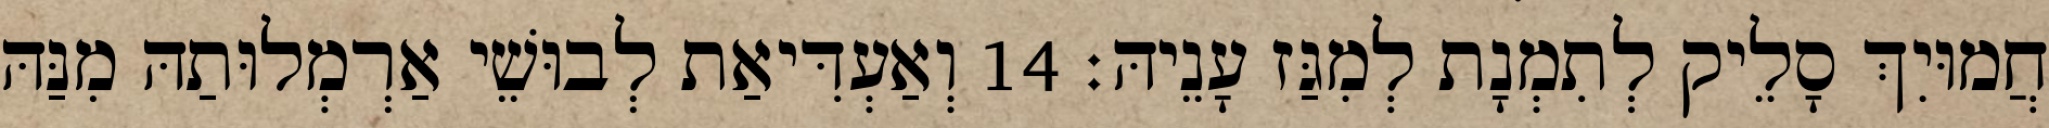
חֲמוּיִךְ סָלֵיק לְתִמְנָת לְמִגַּז עָנֵיהּ׃ 14 וְאַעְדִּיאַת לְבוּשֵׁי אַרְמְלוּתַהּ מִנַּהּ